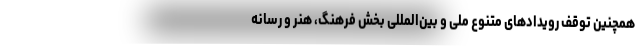
همچنین توقف رویدادهای متنوع ملی و بین‌المللیِ بخش فرهنگ، هنر و رسانه